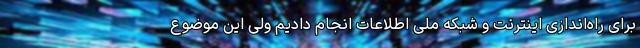
برای راه‌اندازی اینترنت و شبکه ملی اطلاعات انجام دادیم ولی این موضوع